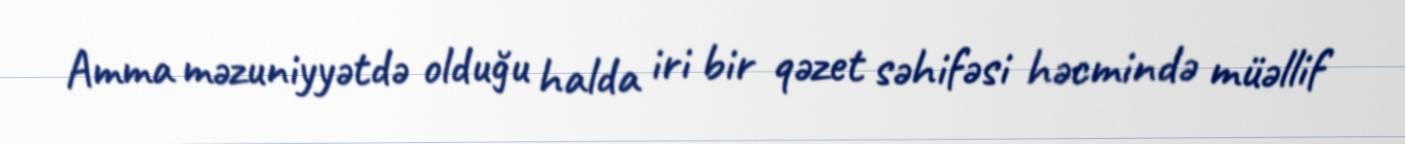
Amma məzuniyyətdə olduğu halda iri bir qəzet səhifəsi həcmində müəllif